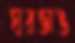
ঘরভাঙ